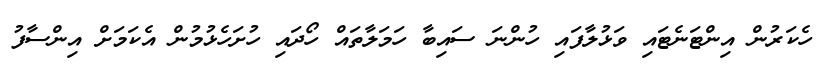
ހެކަރުން އިންޓަނެޓައި ވަޅުލާފައި ހުންނަ ސައިބާ ހަމަލާތައް ހޯދައި ހުށަހެޅުމުން އެކަމަށް އިންސާފު